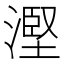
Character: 𣻹